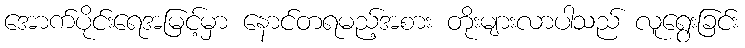
အောက်ပိုင်းရေအမြင့်မှာ နောင်တရမည့်အစား တိုးများလာပါသည် လူရွေးခြင်း